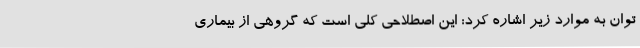
توان به موارد زیر اشاره کرد: این اصطلاحی کلی است که گروهی از بیماری